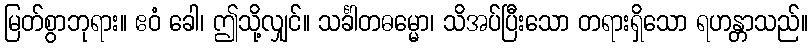
မြတ်စွာဘုရား။ ဧဝံ ခေါ၊ ဤသို့လျှင်။ သင်္ခါတဓမ္မော၊ သိအပ်ပြီးသော တရားရှိသော ရဟန္တာသည်။